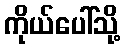
ကိုယ်ပေါ်သို့